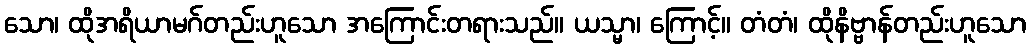
သော၊ ထိုအရိယာမဂ်တည်းဟူသော အကြောင်းတရားသည်။ ယသ္မာ၊ ကြောင့်။ တံတံ၊ ထိုနိဗ္ဗာန်တည်းဟူသော